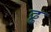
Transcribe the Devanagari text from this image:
ढ्ढ